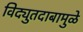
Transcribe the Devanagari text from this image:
विद्युतदाबामुळे